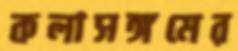
কলাসঙ্গমের